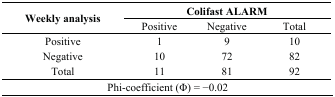
| <ROWSPAN=2> Weekly analysis | <COLSPAN=3> Colifast ALARM |
 | Positive | Negative | Total |
 | --- | --- | --- | --- |
 | Positive | 1 | 9 | 10 |
 | Negative | 10 | 72 | 82 |
 | Total | 11 | 81 | 92 |
 | <COLSPAN=4> Phi-coefficient (Φ) = −0.02 |